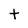
Character: t